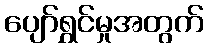
ပျော်ရွှင်မှုအတွက်